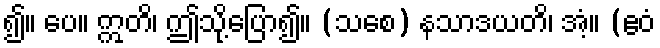
၍။ ပေ။ ဣတိ၊ ဤသို့ပြော၍။ (သစေ) နသာဒယတိ၊ အံ့။ (ဧဝံ